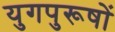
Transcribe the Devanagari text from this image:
युगपुरूषों